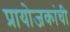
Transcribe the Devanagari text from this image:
प्रायोजकांची